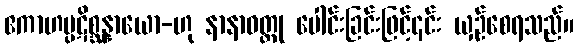
ဧကာဟပ္ပဋိစ္ဆန္နာယော-ဟု နာနာဝတ္ထု ပေါင်းခြင်းဖြင့်၎င်း ယှဉ်စေရသည်။